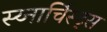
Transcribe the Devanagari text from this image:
स्य्नार्चिस्ट्स